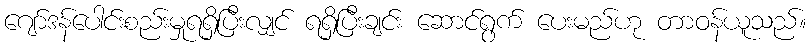
ဂျော်ဒန်ပေါင်းစည်းမှုရရှိပြီးလျှင် ရရှိပြီးချင်း ဆောင်ရွက် ပေးမည်ဟု တာဝန်ယူသည်။